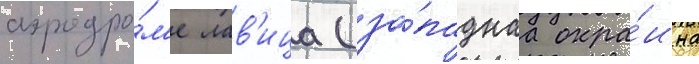
аэродро́м'е лав'ица (за́паднаа окра́ина